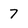
Character: 7